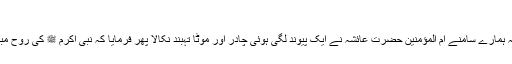
باب فی لباس الشہرۃ
حضرت ابو ہریرہ ؓ فرماتے ہیں کہ ہمارے سامنے ام المؤمنین حضرت عائشہؓ نے ایک پیوند لگی ہوئی چادر اور موٹا تہبند نکالا پھر فرمایا کہ نبی اکرم ﷺ کی روح مبارکہ ان دونوں میں قبض کی گئی۔